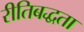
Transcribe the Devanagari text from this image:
रीतिबद्धता